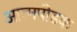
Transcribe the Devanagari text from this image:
आत्मपीडक